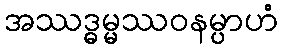
အဿဒ္ဓမ္မဿဝနမ္ပာဟံ